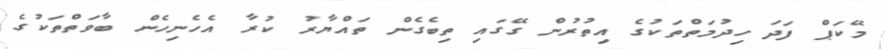
މޭކަޕް ފަދަ ހިދުމަތްތަކުގެ އިތުރުން ގޭގައި ތިބެގެން ތައްޔާރު ކުރާ އެހެނިހެން ބާވަތްތަކުގެ